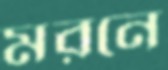
মরনে